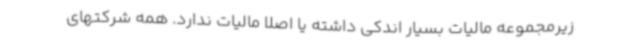
زیرمجموعه مالیات بسیار اندکی داشته یا اصلا مالیات ندارد. همه شرکتهای